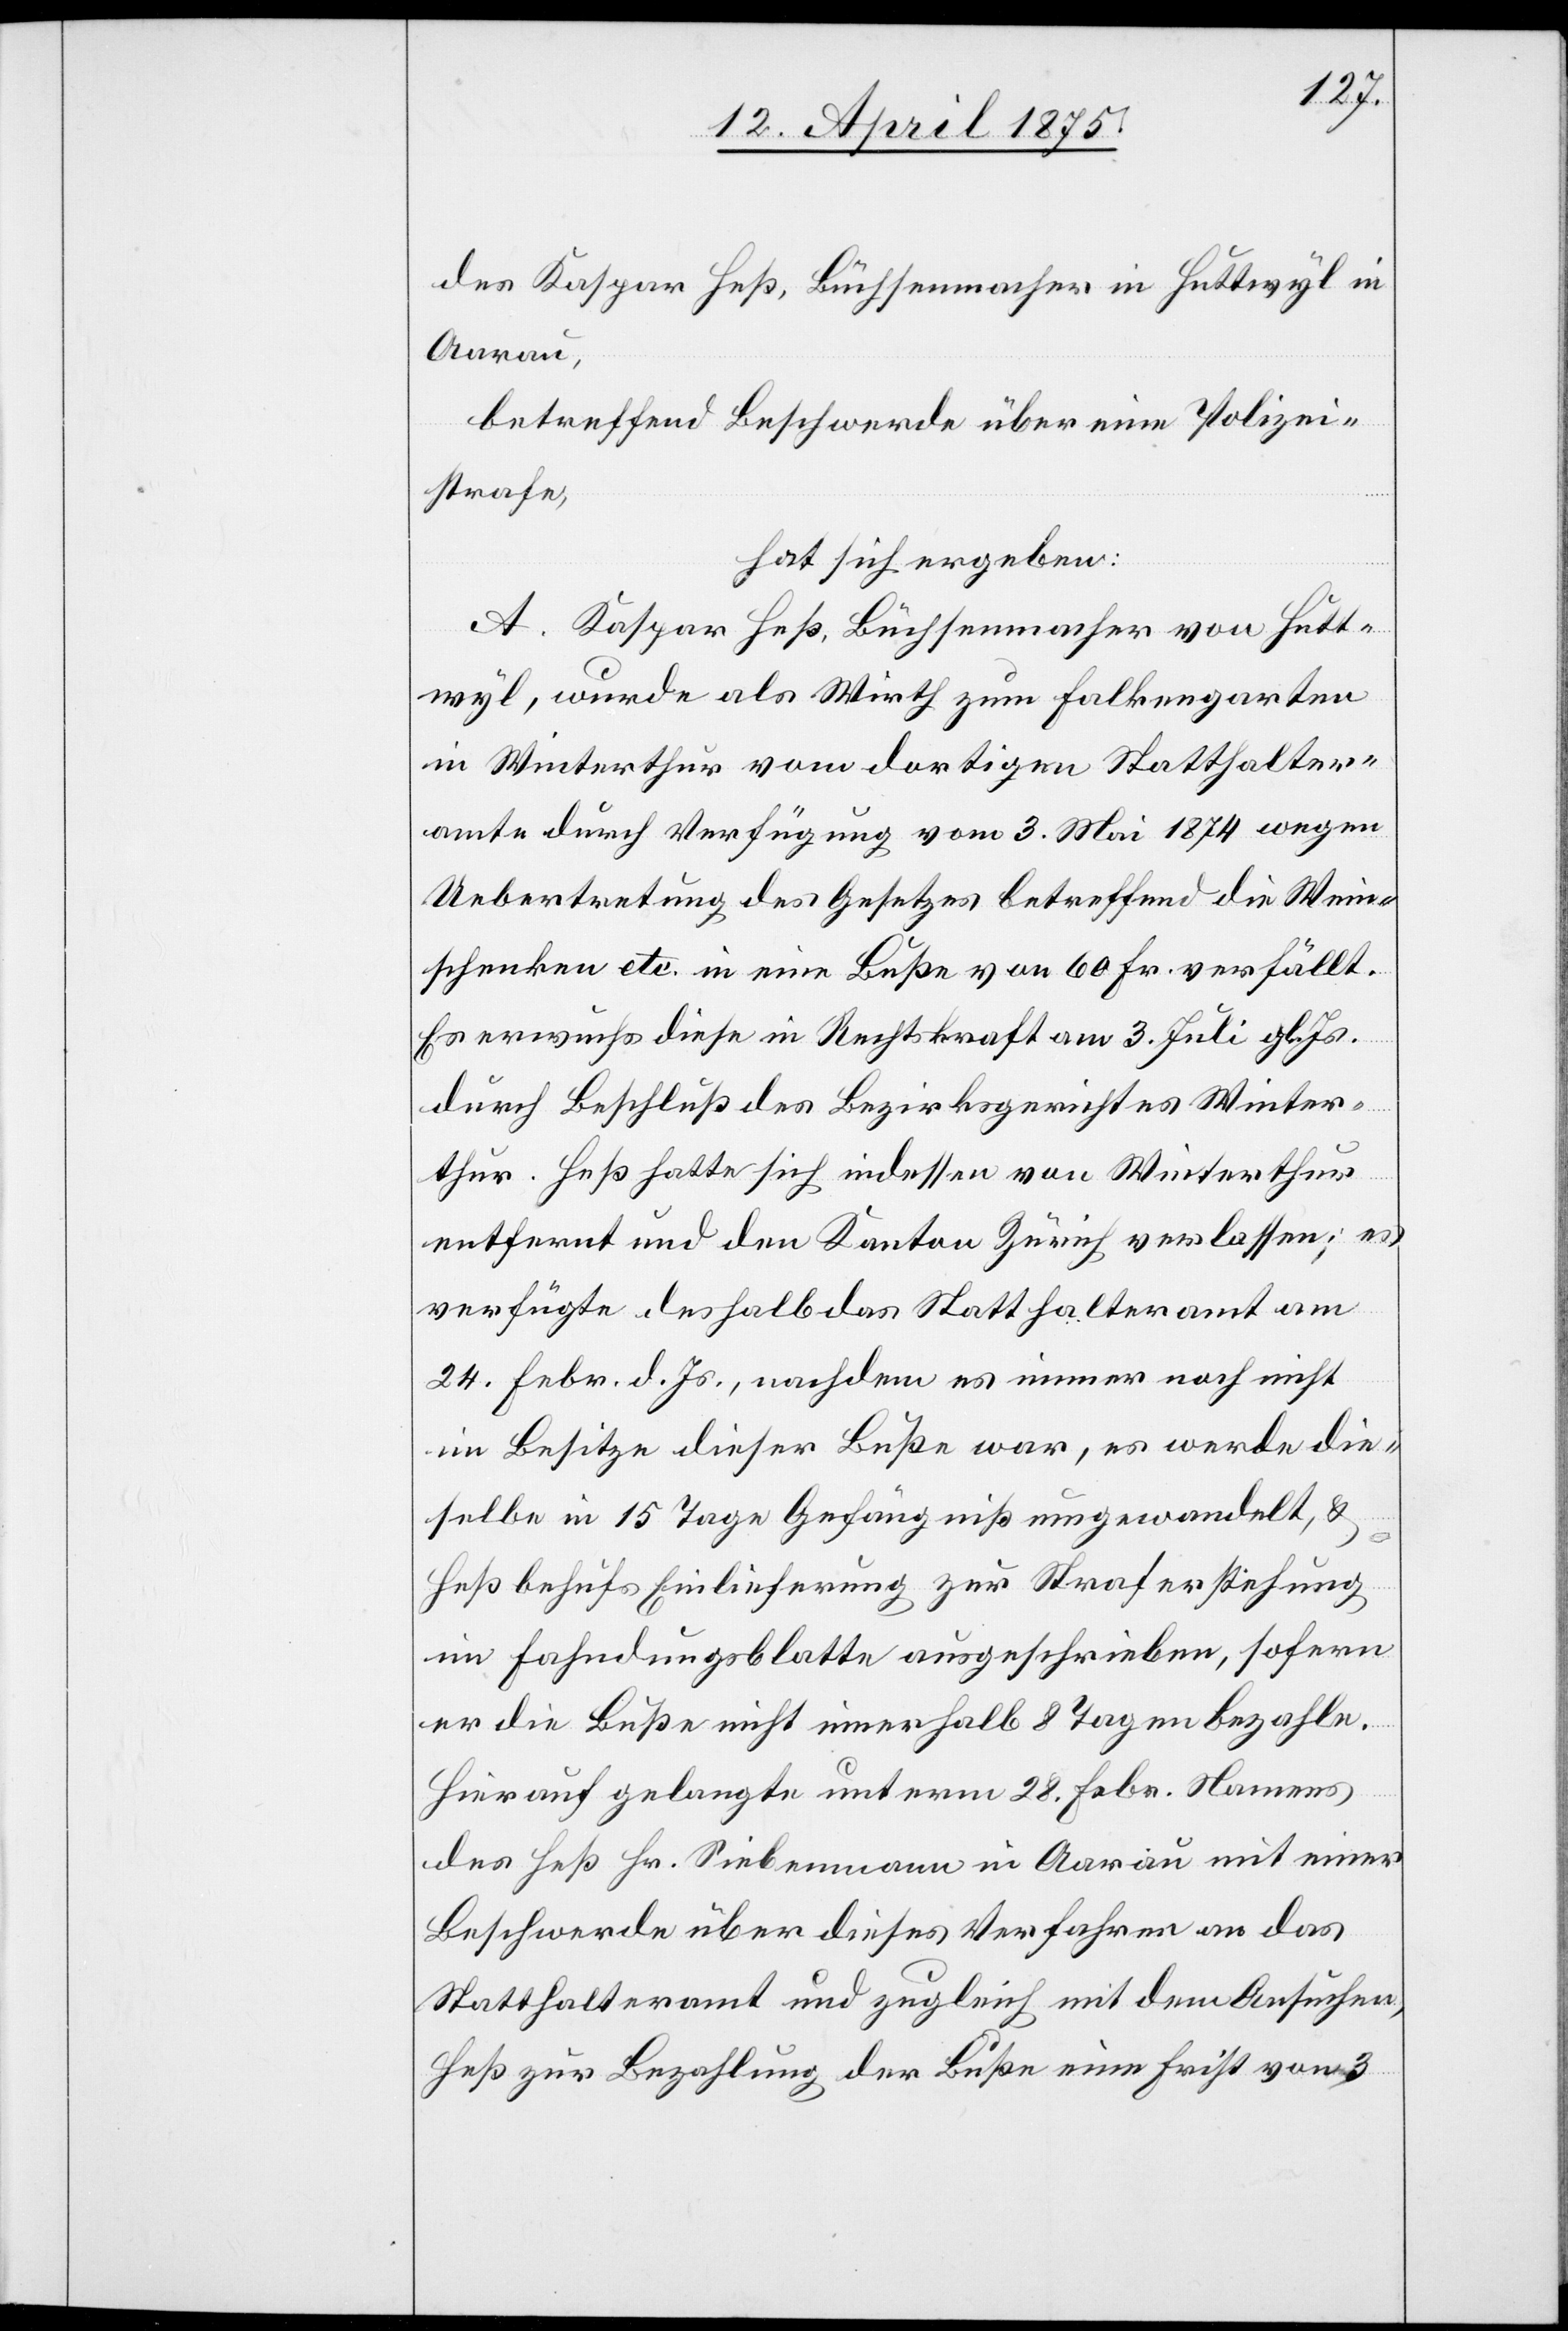
des Kaspar Heß, Büchsenmacher in Huttwyl in
Aarau,
betreffend Beschwerde über eine Polizei¬
strafe,
hat sich ergeben:
A. Kaspar Heß, Büchsenmacher von Hutt¬
wyl, wurde als Wirth zum Falkengarten
in Winterthur vom dortigen Statthalter¬
amte durch Verfügung vom 3. Mai 1874 wegen
Uebertretung des Gesetzes betreffend die Wein¬
schenken etc. in eine Buße von 60 Fr. verfällt.
Es erwuchs diese in Rechtskraft am 3. Juli gl. Js.
durch Beschluß des Bezirksgerichtes Winter¬
thur. Heß hatte sich indessen von Winterthur
entfernt und den Kanton Zürich verlassen; es
verfügte deshalb das Statthalteramt am
24. Febr. d. Js., welchem es immer noch nicht
im Besitze dieser Buße war, es werde die¬
selbe in 15 Tage Gefängniß umgewandelt, &
Heß behufs Einlieferung zur Straferstehung
im Fahndungsblatte ausgeschrieben, sofern
er die Buße nicht innerhalb 8 Tagen bezahle.
Hierauf gelangte unterm 28. Febr. Namens
des Heß Hr. Siebemann in Aarau mit einer
Beschwerde über dieses Verfahren an das
Statthalteramt und zugleich mit dem Ansuchen,
Heß zur Bezahlung der Buße eine Frist von 3